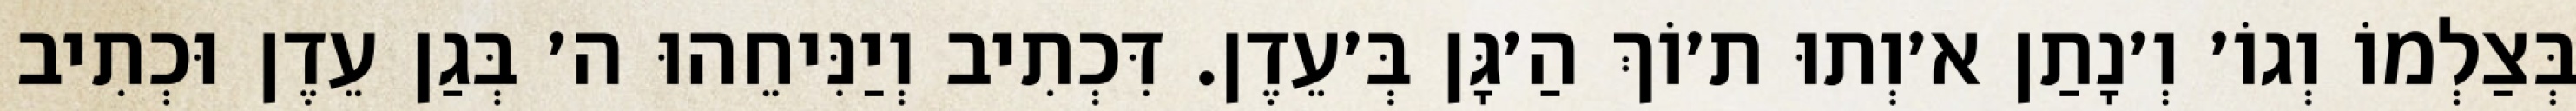
בְּצַלְמוֹ וְגוֹ׳ וְ׳נָתַן א׳וְתוּ ת׳וֹךְ הַ׳גָּן בְּ׳עֵדֶן. דִּכְתִיב וְיַנִּיחֵהוּ ה׳ בְּגַן עֵדֶן וּכְתִיב